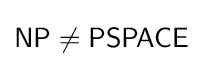
{\mathsf {NP}}\neq {\mathsf {PSPACE}}